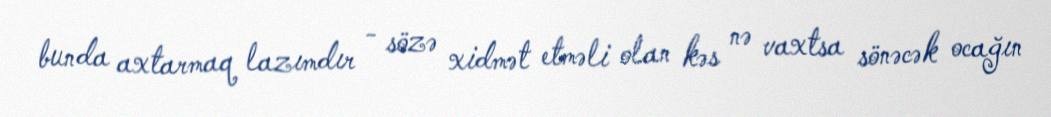
bunda axtarmaq lazımdır - sözə xidmət etməli olan kəs nə vaxtsa sönəcək ocağın